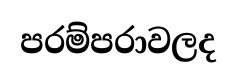
පරම්පරාවලද